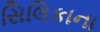
સિલિકાના